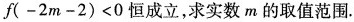
f ( - 2 m - 2 ) < 0$$恒成立，求实数m的取值范围。